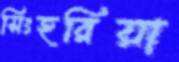
সিংহরিয়া